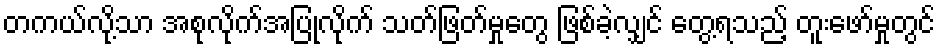
တကယ်လို့သာ အစုလိုက်အပြုံလိုက် သတ်ဖြတ်မှုတွေ ဖြစ်ခဲ့လျှင် တွေ့ရသည့် တူးဖော်မှုတွင်